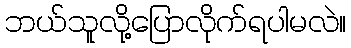
ဘယ်သူလို့ပြောလိုက်ရပါမလဲ။